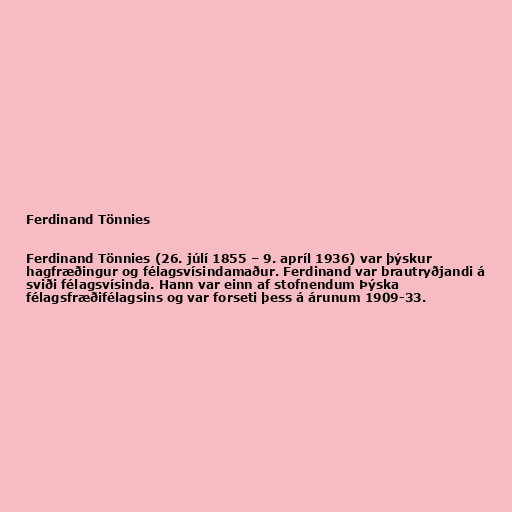
Ferdinand Tönnies

Ferdinand Tönnies (26. júlí 1855 – 9. apríl 1936) var þýskur
hagfræðingur og félagsvísindamaður. Ferdinand var brautryðjandi á
sviði félagsvísinda. Hann var einn af stofnendum Þýska
félagsfræðifélagsins og var forseti þess á árunum 1909-33.